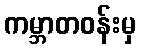
ကမ္ဘာတဝန်းမှ